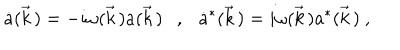
\dot { a } ( \vec { k } \, ) = - i \omega ( \vec { k } \, ) a ( \vec { k } \, ) \ \ \ , \ \ \ \dot { a } ^ { * } ( \vec { k } \, ) = i \omega ( \vec { k } \, ) a ^ { * } ( \vec { k } \, ) \ ,